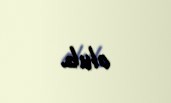
olub.